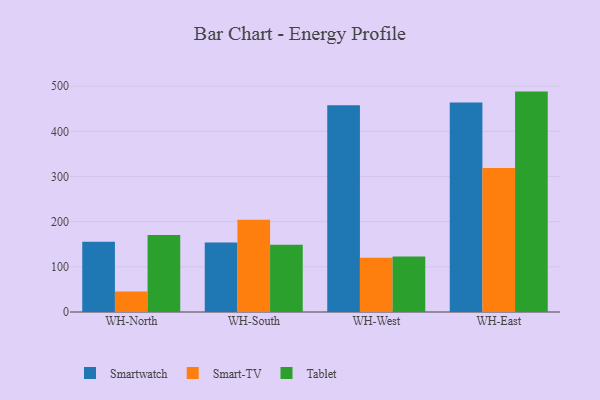
{"axis": {"x": "Warehouse", "y": "Active Users"}, "legend": ["Smart-TV", "Smartwatch", "Tablet"], "data": [{"x": "WH-North", "y": 155.7, "type": "Smartwatch"}, {"x": "WH-North", "y": 45.6, "type": "Smart-TV"}, {"x": "WH-North", "y": 170.4, "type": "Tablet"}, {"x": "WH-South", "y": 153.7, "type": "Smartwatch"}, {"x": "WH-South", "y": 204.4, "type": "Smart-TV"}, {"x": "WH-South", "y": 149.1, "type": "Tablet"}, {"x": "WH-West", "y": 457.8, "type": "Smartwatch"}, {"x": "WH-West", "y": 120.1, "type": "Smart-TV"}, {"x": "WH-West", "y": 123.1, "type": "Tablet"}, {"x": "WH-East", "y": 463.6, "type": "Smartwatch"}, {"x": "WH-East", "y": 318.7, "type": "Smart-TV"}, {"x": "WH-East", "y": 487.9, "type": "Tablet"}]}